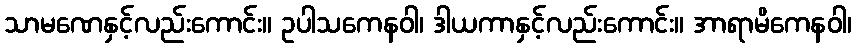
သာမဏေနှင့်လည်းကောင်း။ ဥပါသကေနဝါ၊ ဒါယကာနှင့်လည်းကောင်း။ အာရာမိကေနဝါ၊